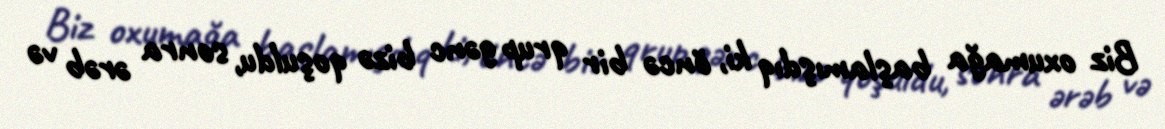
Biz oxumağa başlamışdıq ki, öncə bir qrup gənc bizə qoşuldu, sonra ərəb və